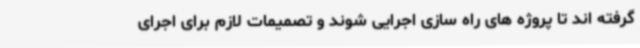
گرفته اند تا پروژه های راه سازی اجرایی شوند و تصمیمات لازم برای اجرای